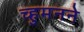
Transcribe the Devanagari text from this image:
च्हुमनने